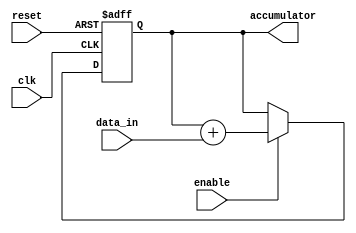
module accumulator (
    input wire clk, // Clock signal
    input wire reset, // Reset signal
    input wire enable, // Control signal to enable accumulation
    input wire [7:0] data_in, // Data to be added to the accumulator
    output reg [15:0] accumulator // Accumulator register to store accumulating value
);

// Sequential logic for accumulator register
always @ (posedge clk or posedge reset) begin
    if (reset) begin
        accumulator <= 16'b0; // Reset accumulator to 0
    end else if (enable) begin
        accumulator <= accumulator + data_in; // Add incoming data to accumulator value
    end
end

endmodule